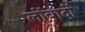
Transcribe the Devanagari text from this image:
लोंबार्दो